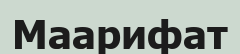
Маарифат